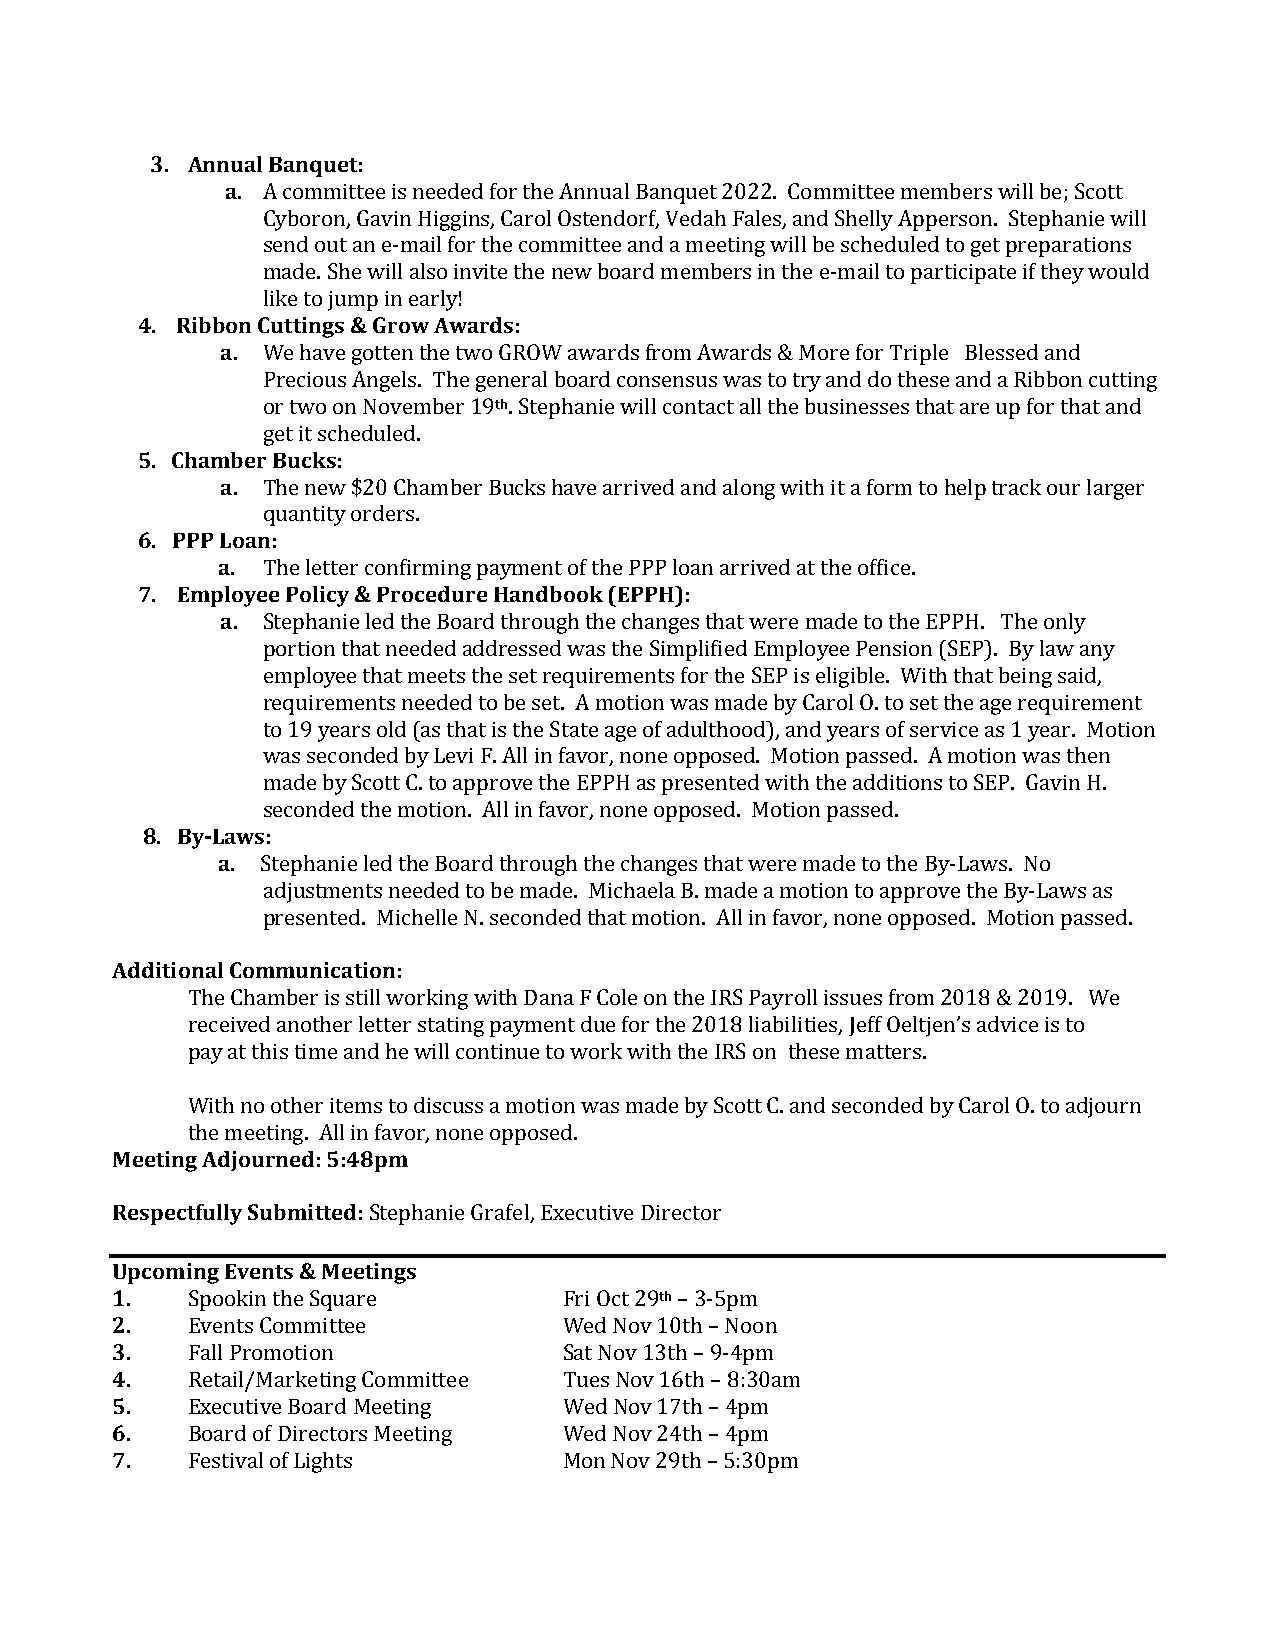
3. Annual Banquet:
 a. A committee is needed for the Annual Banquet 2022. Committee members will be; Scott
 Cyboron, Gavin Higgins, Carol Ostendorf, Vedah Fales, and Shelly Apperson. Stephanie will
 send out an e-mail for the committee and a meeting will be scheduled to get preparations
 made. She will also invite the new board members in the e-mail to participate if they would
 like to jump in early!
 4. Ribbon Cuttings & Grow Awards:
 a. We have gotten the two GROW awards from Awards & More for Triple Blessed and
 Precious Angels. The general board consensus was to try and do these and a Ribbon cutting
 or two on November 19th. Stephanie will contact all the businesses that are up for that and
 get it scheduled.
 5. Chamber Bucks:
 a. The new $20 Chamber Bucks have arrived and along with it a form to help track our larger
 quantity orders.
 6. PPP Loan:
 a. The letter confirming payment of the PPP loan arrived at the office.
 7. Employee Policy & Procedure Handbook (EPPH):
 a. Stephanie led the Board through the changes that were made to the EPPH. The only
 portion that needed addressed was the Simplified Employee Pension (SEP). By law any
 employee that meets the set requirements for the SEP is eligible. With that being said,
 requirements needed to be set. A motion was made by Carol O. to set the age requirement
 to 19 years old (as that is the State age of adulthood), and years of service as 1 year. Motion
 was seconded by Levi F. All in favor, none opposed. Motion passed. A motion was then
 made by Scott C. to approve the EPPH as presented with the additions to SEP. Gavin H.
 seconded the motion. All in favor, none opposed. Motion passed.
 8. By-Laws:
 a. Stephanie led the Board through the changes that were made to the By-Laws. No
 adjustments needed to be made. Michaela B. made a motion to approve the By-Laws as
 presented. Michelle N. seconded that motion. All in favor, none opposed. Motion passed.
 Additional Communication:
 The Chamber is still working with Dana F Cole on the IRS Payroll issues from 2018 & 2019. We
 received another letter stating payment due for the 2018 liabilities, Jeff Oeltjen’s advice is to
 pay at this time and he will continue to work with the IRS on these matters.
 With no other items to discuss a motion was made by Scott C. and seconded by Carol O. to adjourn
 the meeting. All in favor, none opposed.
 Meeting Adjourned: 5:48pm
 Respectfully Submitted: Stephanie Grafel, Executive Director
 Upcoming Events & Meetings
 1.   Spookin the Square       Fri Oct 29th – 3-5pm
 2.   Events Committee         Wed Nov 10th – Noon
 3.   Fall Promotion           Sat Nov 13th – 9-4pm
 4.   Retail/Marketing Committee Tues Nov 16th – 8:30am
 5.   Executive Board Meeting  Wed Nov 17th – 4pm
 6.   Board of Directors Meeting Wed Nov 24th – 4pm
 7.   Festival of Lights       Mon Nov 29th – 5:30pm